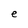
Character: e